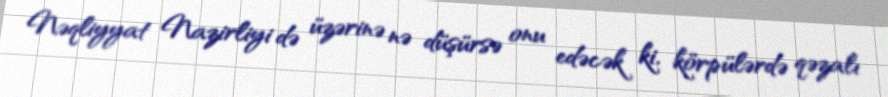
Nəqliyyat Nazirliyi də üzərinə nə düşürsə onu edəcək ki, körpülərdə qəzalı